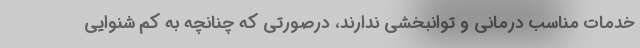
خدمات مناسب درمانی و توانبخشی ندارند، درصورتی که چنانچه به کم شنوایی